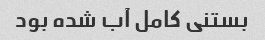
بستنی کامل آب شده بود